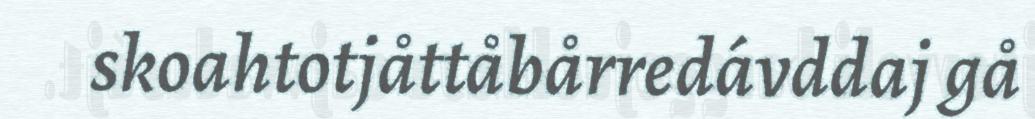
skoahtotjåttåbårredávddaj gå